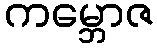
ကမ္ဘောဇ